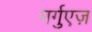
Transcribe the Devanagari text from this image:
मर्गुएज़